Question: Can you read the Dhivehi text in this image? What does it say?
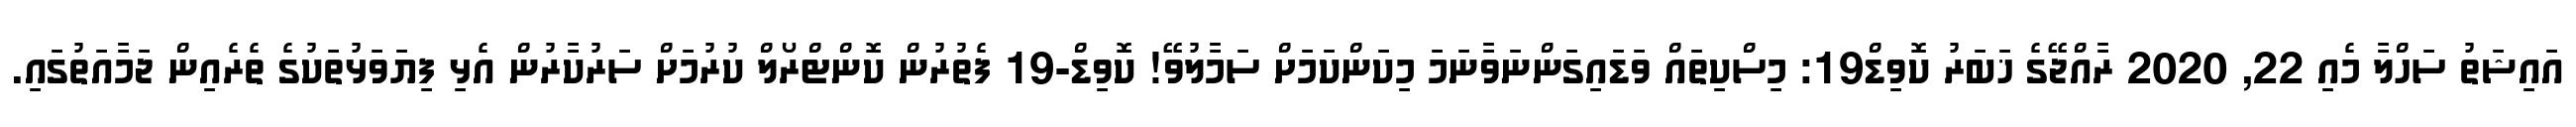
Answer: އައިޝަތު ސަހްލާ މެއި 22, 2020 ރާއްޖޭގެ ޚަބަރު ކޮވިޑް19: މިސްކިތައް ވަޑައިގަންނަވާނަމަ މިކަންކަމަށް ސަމާލުވޭ! ކޮވިޑް-19 ފެތުރުން ކޮންޓްރޯލް ކުރުމަށް ސަރުކާރުން އެޅި ފިޔަވަޅުތަކުގެ ތެރެއިން ޖަމާއަތުގައި.